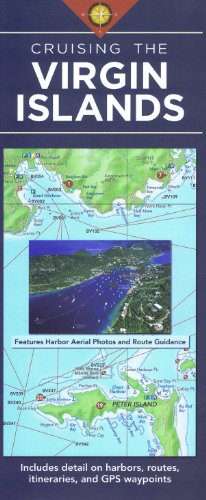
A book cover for Cruising the Virgin Islands Planning Map; Burrows Bay Associates; Travel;